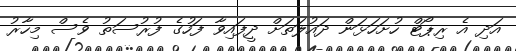
އަދި އެ ރިޕޯޓް ހުށަހަޅަން ދައުލަތަށް ދީފައިވާ ފަހުގެ ފުރުސަތު ވެސް މިހާރު